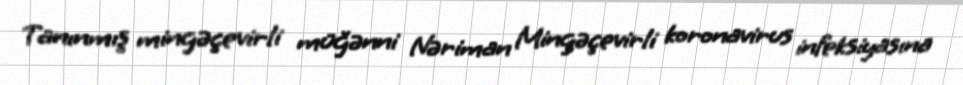
Tanınmış mingəçevirli müğənni Nəriman Mingəçevirli koronavirus infeksiyasına